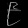
Digit: ၉